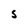
Character: 5